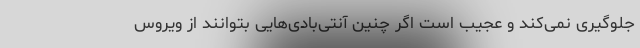
جلوگیری نمی‌کند و عجیب است اگر چنین آنتی‌بادی‌هایی بتوانند از ویروس